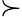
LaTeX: \succ